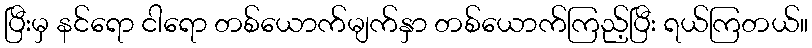
ပြီးမှ နင်ရော ငါရော တစ်ယောက်မျက်နှာ တစ်ယောက်ကြည့်ပြီး ရယ်ကြတယ်။